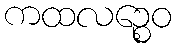
ကထလဉ္စေဝ